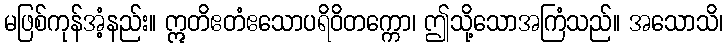
မဖြစ်ကုန်အံ့နည်း။ ဣတိဧတံဧသောပရိဝိတက္ကော၊ ဤသို့သောအကြံသည်။ အသောသိ၊